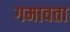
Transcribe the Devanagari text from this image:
गमावता